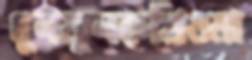
ধুনফুনরুখিওমা